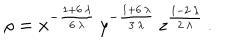
LaTeX: \rho = { x ^ { - \frac { 1 + 6 \, \lambda } { 6 \, \lambda } } \, y ^ { - \frac { 1 + 6 \, \lambda } { 3 \, \lambda } } \, z ^ { \frac { 1 - 2 \, \lambda } { 2 \, \lambda } } } \, .